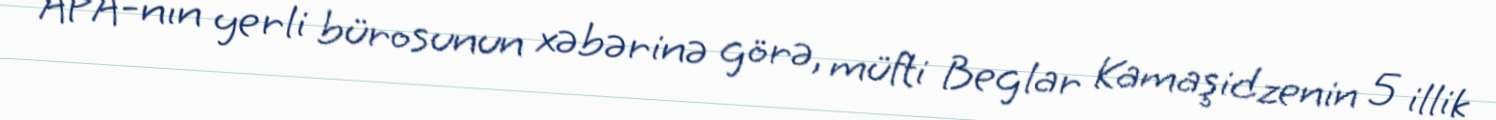
APA-nın yerli bürosunun xəbərinə görə, müfti Beglar Kamaşidzenin 5 illik